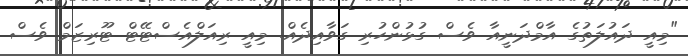
"މިއީ ދައުލަތުގެ އާމްދަނީއާ ވެސް ގުޅުންހުރި ގަވާއިދެއް. މިއީ ރިއަލްއެސްޓޭޓް ޓޫރިޒަމް ވެސް